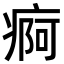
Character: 痾